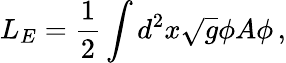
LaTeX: L_{E}=\frac{1}{2}\int d^{2}x\sqrt{g}\phi A\phi\, ,